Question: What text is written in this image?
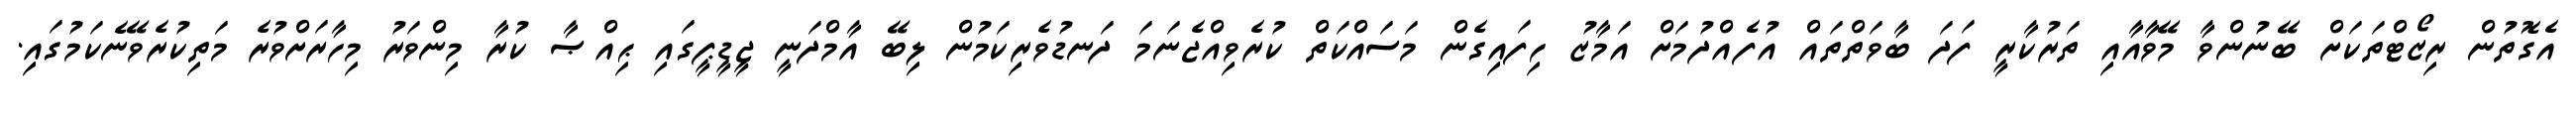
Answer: އެގޮތުން ރިޒޯޓްތަކަށް ބޭނުންވާ މޭވާއާއި ތަރުކާރީ ފަދަ ބާވަތްތައް އުފެއްދުމަށް އަމާޒު ހިފައިގެން މަސައްކަތް ކުރެވިއްޖެނަމަ ދަނޑުވެރިކަމުން ލިބޭ އާމްދަނީ ޖީޑީޕީގައި ޙިއްޞާ ކުރާ މިންވަރު މިހާރަށްވުރެ މަތިކުރެވޭނެކަމުގައި.